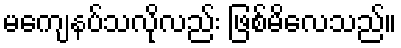
မကျေနပ်သလိုလည်း ဖြစ်မိလေသည်။